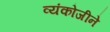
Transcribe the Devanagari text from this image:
व्यंकोजीने